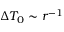
\Delta T _ { 0 } \sim r ^ { - 1 }